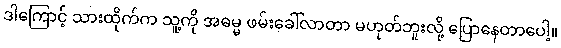
ဒါကြောင့် သားထိုက်က သူ့ကို အဓမ္မ ဖမ်းခေါ်လာတာ မဟုတ်ဘူးလို့ ပြောနေတာပေါ့။